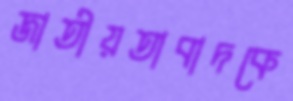
জাতীয়তাবাদকে